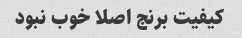
کیفیت برنج اصلا خوب نبود